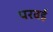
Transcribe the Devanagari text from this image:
परवई